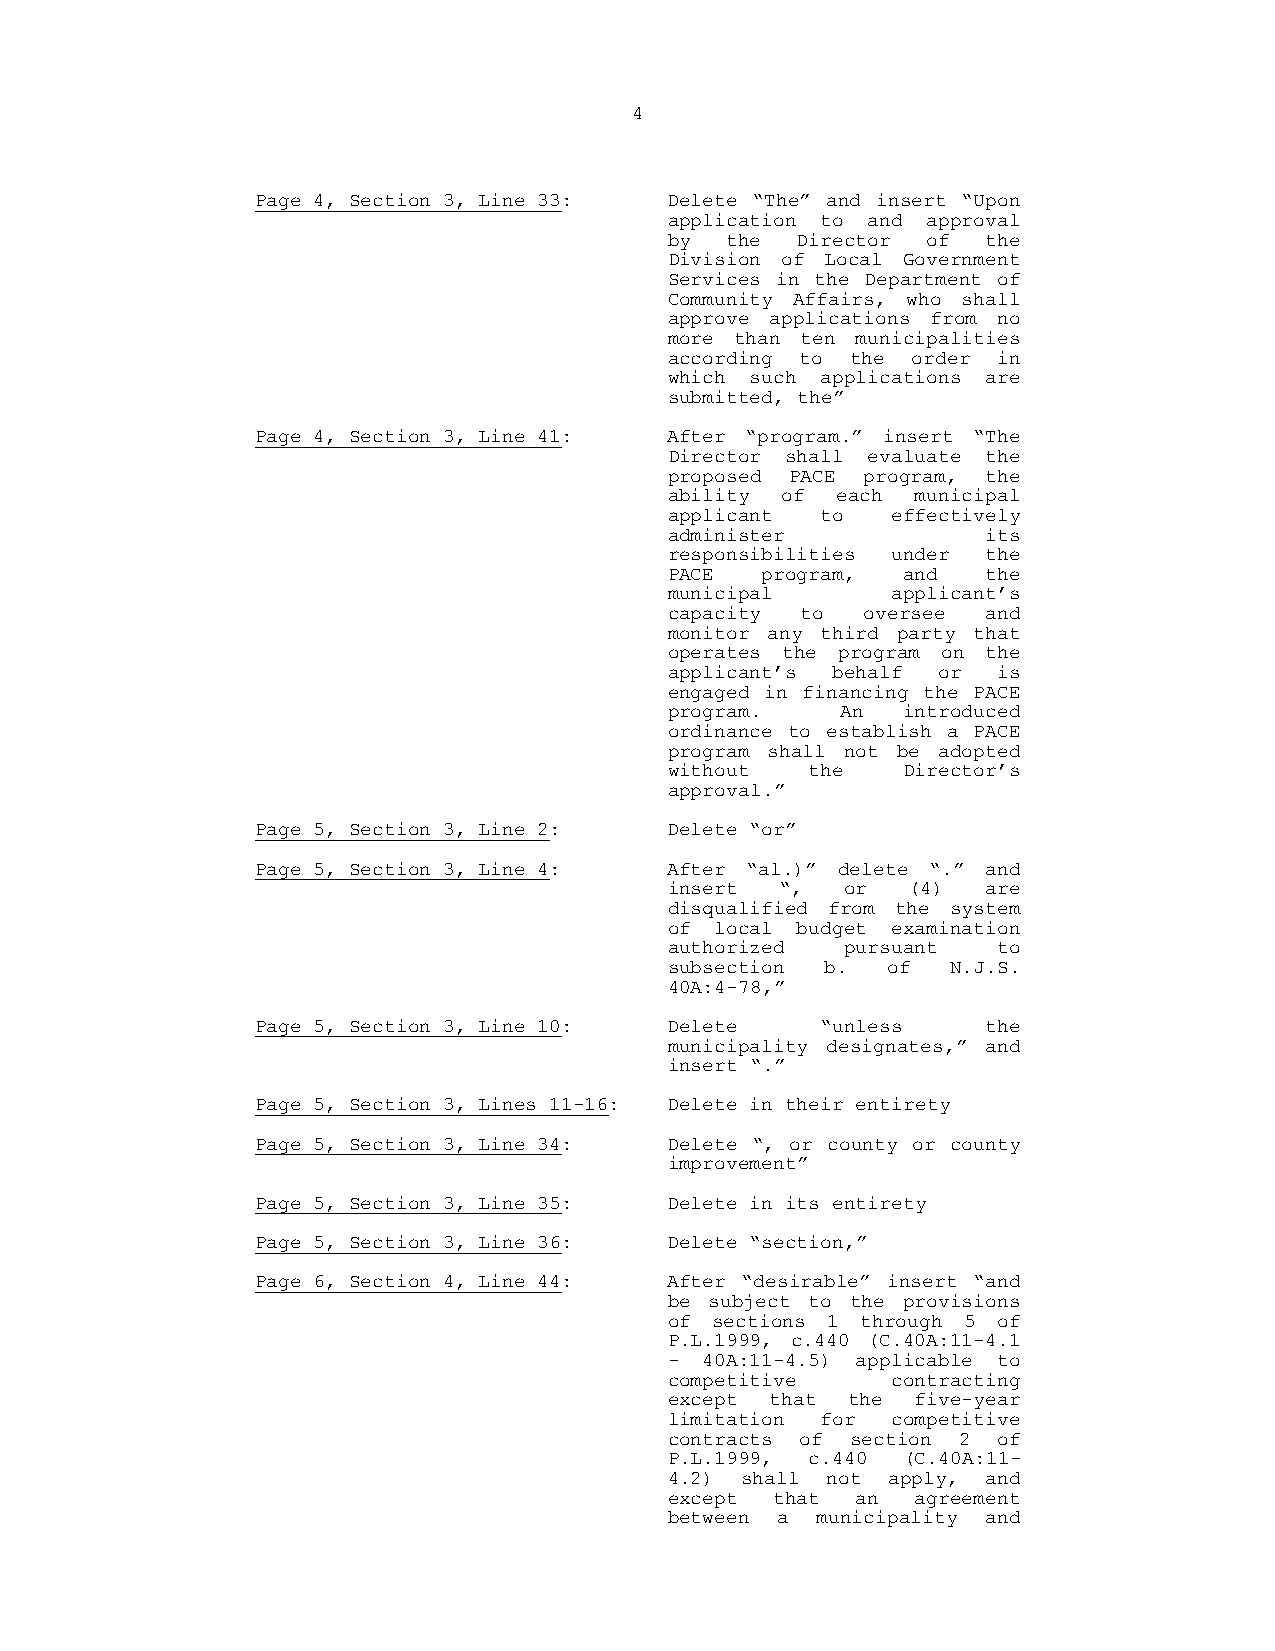
4
 Page 4, Section 3, Line 33: Delete “The” and insert “Upon
 application to and approval
 by  the  Director of the
 Division of Local Government
 Services in the Department of
 Community Affairs, who shall
 approve applications from no
 more than ten municipalities
 according to the order in
 which such applications are
 submitted, the”
 Page 4, Section 3, Line 41: After “program.” insert “The
 Director shall evaluate the
 proposed PACE program, the
 ability of each  municipal
 applicant to   effectively
 administer           its
 responsibilities under the
 PACE  program,  and  the
 municipal      applicant’s
 capacity to  oversee and
 monitor any third party that
 operates the program on the
 applicant’s behalf or is
 engaged in financing the PACE
 program.    An  introduced
 ordinance to establish a PACE
 program shall not be adopted
 without   the   Director’s
 approval.”
 Page 5, Section 3, Line 2: Delete “or”
 Page 5, Section 3, Line 4: After “al.)” delete “.” and
 insert  “,  or  (4)  are
 disqualified from the system
 of local budget examination
 authorized  pursuant  to
 subsection b.  of  N.J.S.
 40A:4-78,”
 Page 5, Section 3, Line 10: Delete   “unless    the
 municipality designates,” and
 insert “.”
 Page 5, Section 3, Lines 11-16: Delete in their entirety
 Page 5, Section 3, Line 34: Delete “, or county or county
 improvement”
 Page 5, Section 3, Line 35: Delete in its entirety
 Page 5, Section 3, Line 36: Delete “section,”
 Page 6, Section 4, Line 44: After “desirable” insert “and
 be subject to the provisions
 of sections 1 through 5 of
 P.L.1999, c.440 (C.40A:11-4.1
 -  40A:11-4.5) applicable to
 competitive    contracting
 except that the  five-year
 limitation for competitive
 contracts of section 2 of
 P.L.1999, c.440 (C.40A:11-
 4.2) shall not apply, and
 except that  an  agreement
 between a municipality and